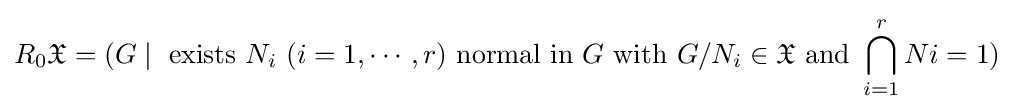
R_{0}{\mathfrak {X}}=(G\mid {\text{ exists }}N_{i}\ (i=1,\cdots ,r){\text{ normal in }}G{\text{ with }}G/N_{i}\in {\mathfrak {X}}{\text{ and }}\bigcap \limits _{i=1}^{r}Ni=1)